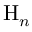
\mathrm { H } _ { n }